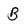
Character: B